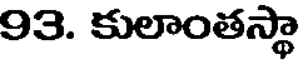
93. కులాంతస్థా